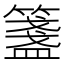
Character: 𥵃